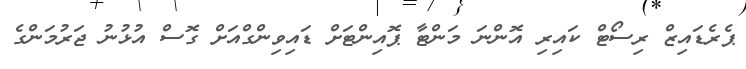
ޕެރެޑައިޒް ރިސޯޓް ކައިރި އޮންނަ މަންޓާ ޕޮއިންޓަށް ޑައިވިންގްއަށް ގޮސް އުޅުނު ޖަރުމަންގެ